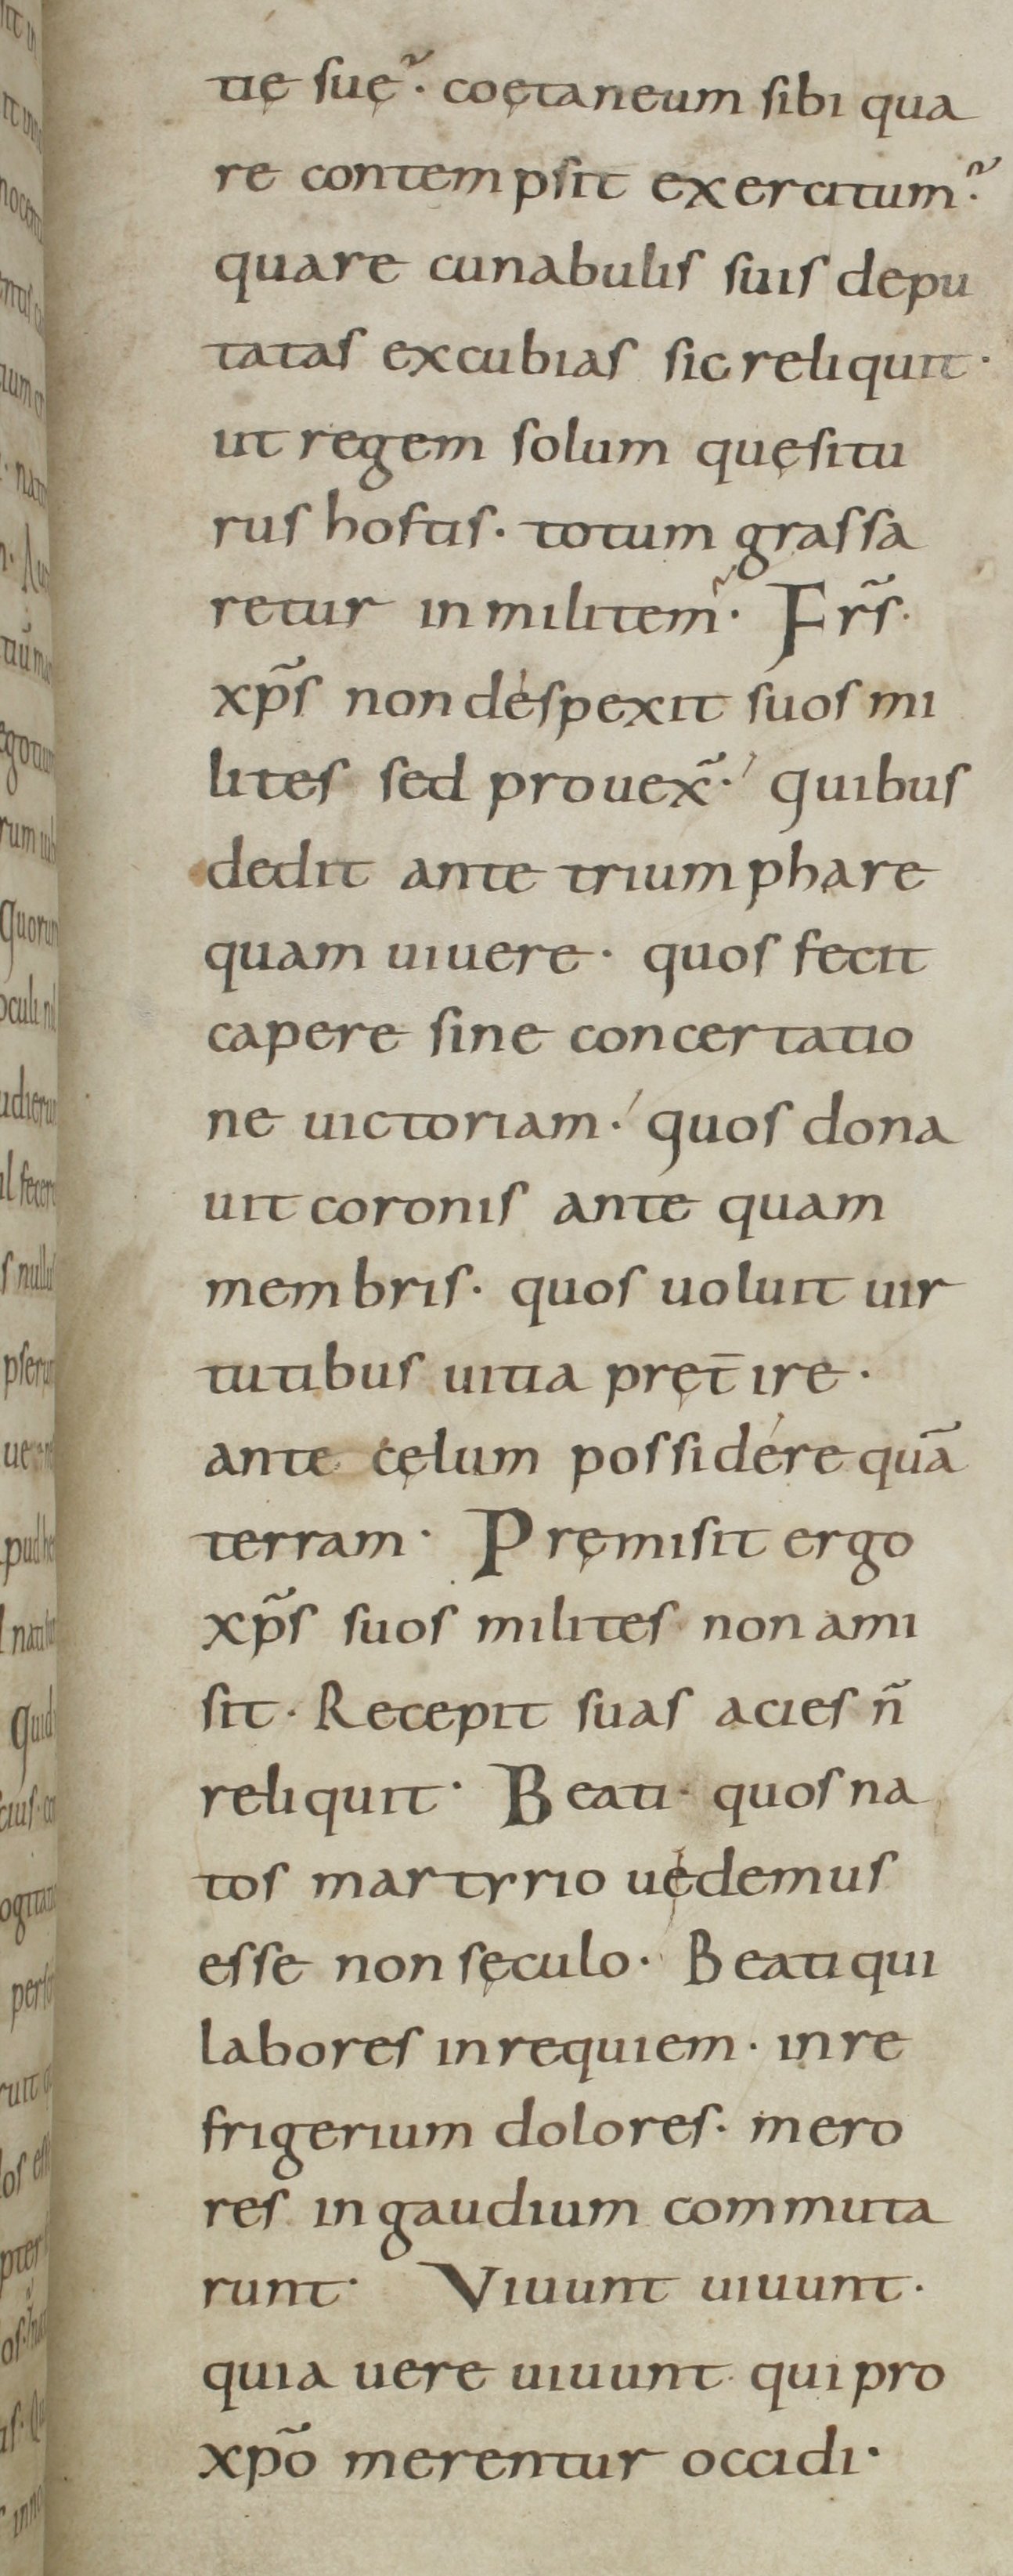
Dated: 800–899